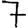
Digit: 7